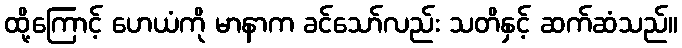
ထို့ကြောင့် ဟေယံကို မာနာက ခင်သော်လည်း သတိနှင့် ဆက်ဆံသည်။